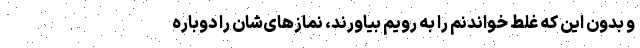
و بدون این که غلط خواندنم را به رویم بیاورند، نمازهای‌شان را دوباره